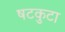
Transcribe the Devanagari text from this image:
षटकुटा